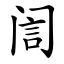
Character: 訚